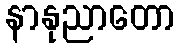
နာနုညာတော